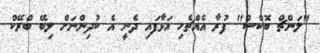
"ލަންޗް ބޮކްސް" ފުރާ އެއްޗެހި އަޅާފައި ދެނީ އެ ކުދިންނަށް ލިބޭ ބްރޭކް